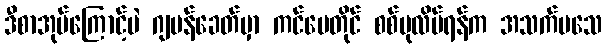
ဒီစာအုပ်ကြောင့်ပဲ ဂျပန်ခေတ်မှာ ကင်ပေတိုင် စစ်ပုလိပ်ရန်က အသက်မသေ